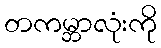
တကမ္ဘာလုံးကို